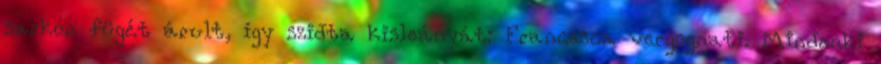
sarkon fügét árult, így szidta kisleányát: Francesca vergognati. Mindenki